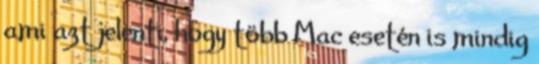
ami azt jelenti, hogy több Mac esetén is mindig